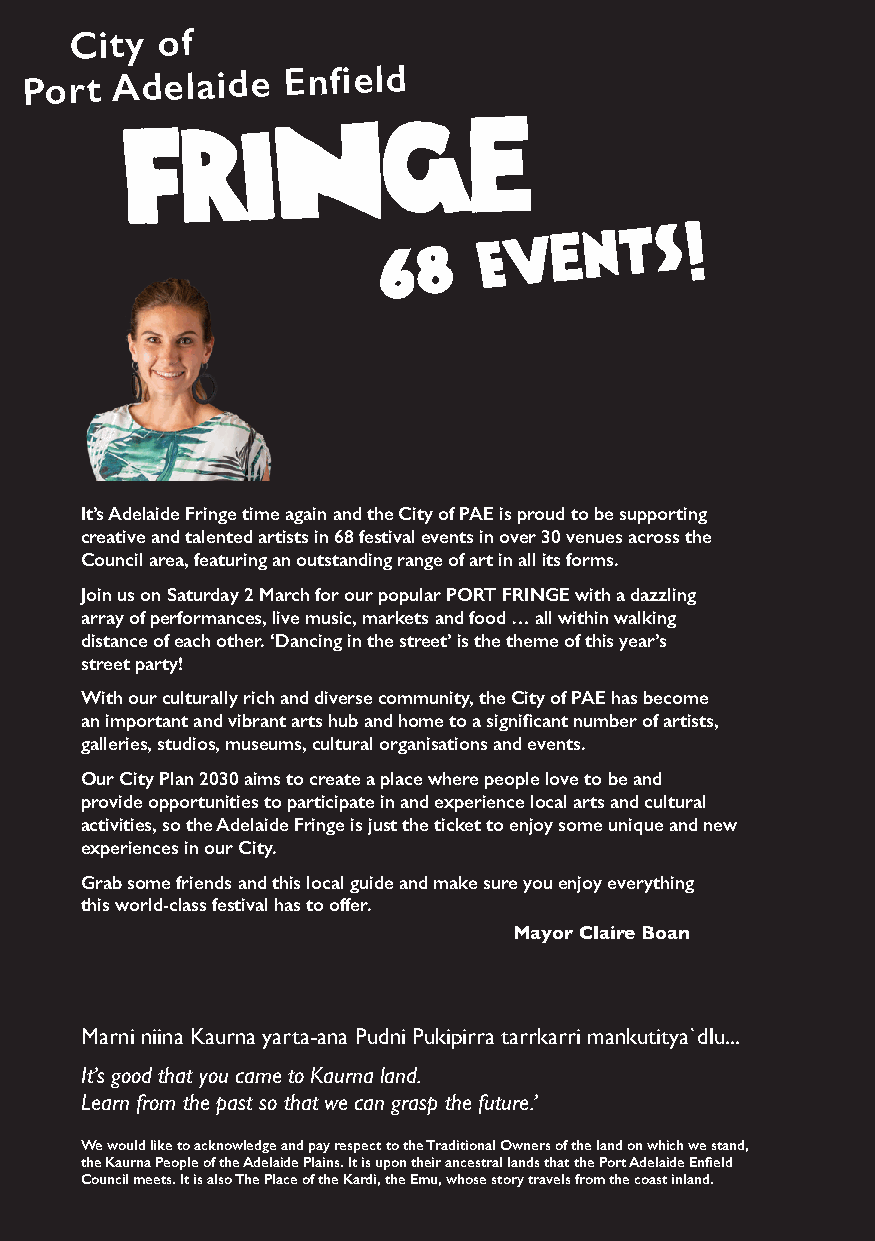
City of
 Port Adelaide    Enfield
 6  8
 Ev   e n t  s !
 It’s Adelaide Fringe time again and the City of PAE is proud to be supporting
 creative and talented artists in 68 festival events in over 30 venues across the
 Council area, featuring an outstanding range of art in all its forms.
 Join us on Saturday 2 March for our popular PORT FRINGE with a dazzling
 array of performances, live music, markets and food … all within walking
 distance of each other. ‘Dancing in the street’ is the theme of this year’s
 street party!
 With our culturally rich and diverse community, the City of PAE has become
 an important and vibrant arts hub and home to a significant number of artists,
 galleries, studios, museums, cultural organisations and events.
 Our City Plan 2030 aims to create a place where people love to be and
 provide opportunities to participate in and experience local arts and cultural
 activities, so the Adelaide Fringe is just the ticket to enjoy some unique and new
 experiences in our City.
 Grab some friends and this local guide and make sure you enjoy everything
 this world-class festival has to offer.
 Mayor Claire Boan
 Marni niina Kaurna yarta-ana Pudni Pukipirra tarrkarri mankutitya`dlu...
 It’s good that you came to Kaurna land.
 Learn from the past so that we can grasp the future.’
 We would like to acknowledge and pay respect to the Traditional Owners of the land on which we stand,
 the Kaurna People of the Adelaide Plains. It is upon their ancestral lands that the Port Adelaide Enfield
 Council meets. It is also The Place of the Kardi, the Emu, whose story travels from the coast inland.